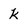
Character: k